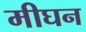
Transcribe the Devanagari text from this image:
मीघन